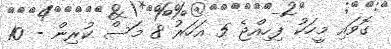
ގޮވައި މީހަކު ފިހިއްޖެ 5 އަހަރު 8 މަސް ކުރިން - 10